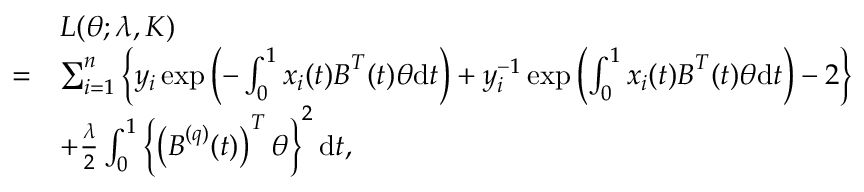
\begin{array} { r l } & { L ( \boldsymbol { \theta } ; \lambda , K ) } \\ { = } & { \sum _ { i = 1 } ^ { n } \left\{ y _ { i } \exp \left( - \int _ { 0 } ^ { 1 } x _ { i } ( t ) \boldsymbol { B } ^ { T } ( t ) \boldsymbol { \theta } \mathrm { d } t \right) + y _ { i } ^ { - 1 } \exp \left( \int _ { 0 } ^ { 1 } x _ { i } ( t ) \boldsymbol { B } ^ { T } ( t ) \boldsymbol { \theta } \mathrm { d } t \right) - 2 \right\} } \\ & { + \frac { \lambda } { 2 } \int _ { 0 } ^ { 1 } \left\{ \left( \boldsymbol { B } ^ { ( q ) } ( t ) \right) ^ { T } \boldsymbol { \theta } \right\} ^ { 2 } \mathrm { d } t , } \end{array}